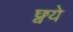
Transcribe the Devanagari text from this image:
छ्वये